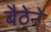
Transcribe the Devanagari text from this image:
बैठेने